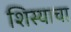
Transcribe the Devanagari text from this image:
शिस्याचा